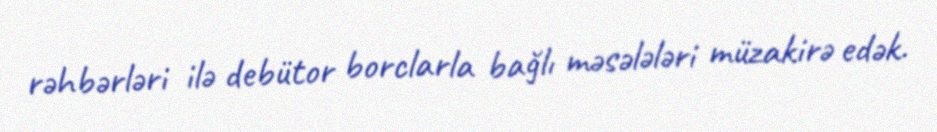
rəhbərləri ilə debütor borclarla bağlı məsələləri müzakirə edək.